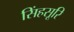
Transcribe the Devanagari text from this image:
सिंहसूरि